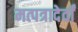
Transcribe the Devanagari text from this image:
मत्पत्रादेर्वां